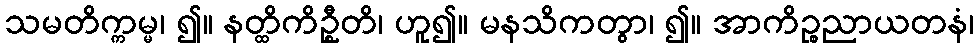
သမတိက္ကမ္မ၊ ၍။ နတ္ထိကိဦ္စတိ၊ ဟူ၍။ မနသိကတွာ၊ ၍။ အာကိဉ္စညာယတနံ၊